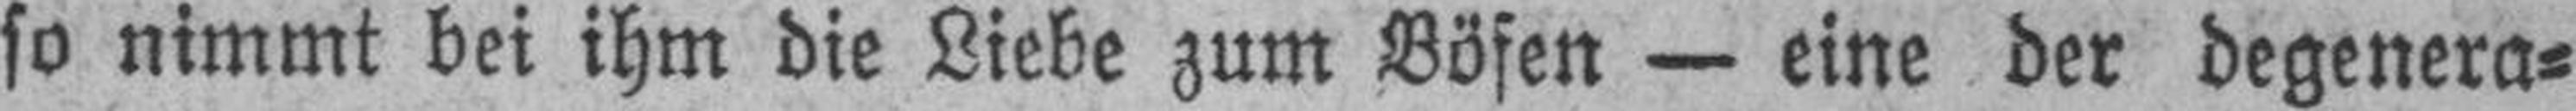
so nimmt bei ihm die Liebe zum Bösen — eine der degenera¬